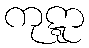
ကုဋ္ဋာ